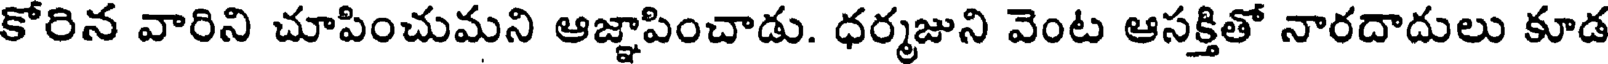
కోరిన వారిని చూపించుమని ఆజ్ఞాపించాడు. ధర్మజుని వెంట ఆసక్తితో నారదాదులు కూడ